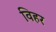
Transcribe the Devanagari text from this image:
विहर